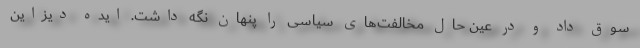
سوق داد و در عین حال مخالفت‌های سیاسی را پنهان نگه داشت. ایده دیزاین